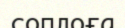
соплоға